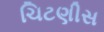
ચિટણીસ